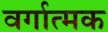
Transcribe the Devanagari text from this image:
वर्गात्मक